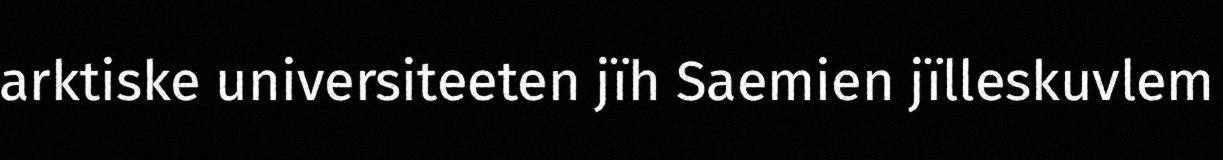
arktiske universiteeten jïh Saemien jïlleskuvlem